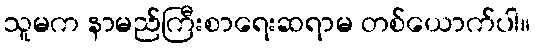
သူမက နာမည်ကြီးစာရေးဆရာမ တစ်ယောက်ပါ။